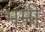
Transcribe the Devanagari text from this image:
भमी